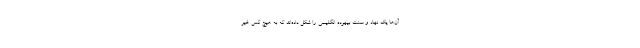
آن‌ها یک نهاد و سنت بیهوده انگلیسی را شکل داده‌اند که به هیچ کس غیر